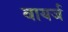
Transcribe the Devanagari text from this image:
वायर्ज